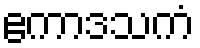
ဧကာဒသကံ